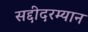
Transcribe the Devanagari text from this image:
सद्दीदरम्यान